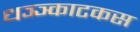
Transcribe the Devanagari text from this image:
धञ्ञ्काटकस